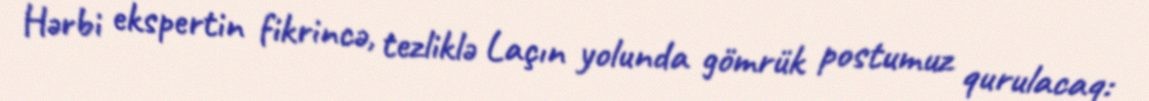
Hərbi ekspertin fikrincə, tezliklə Laçın yolunda gömrük postumuz qurulacaq: